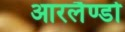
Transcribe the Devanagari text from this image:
आरलैण्डो